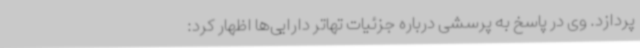
پردازد. وی در پاسخ به پرسشی درباره جزئیات تهاتر دارایی‌ها اظهار کرد: